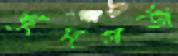
খুদগর্জ